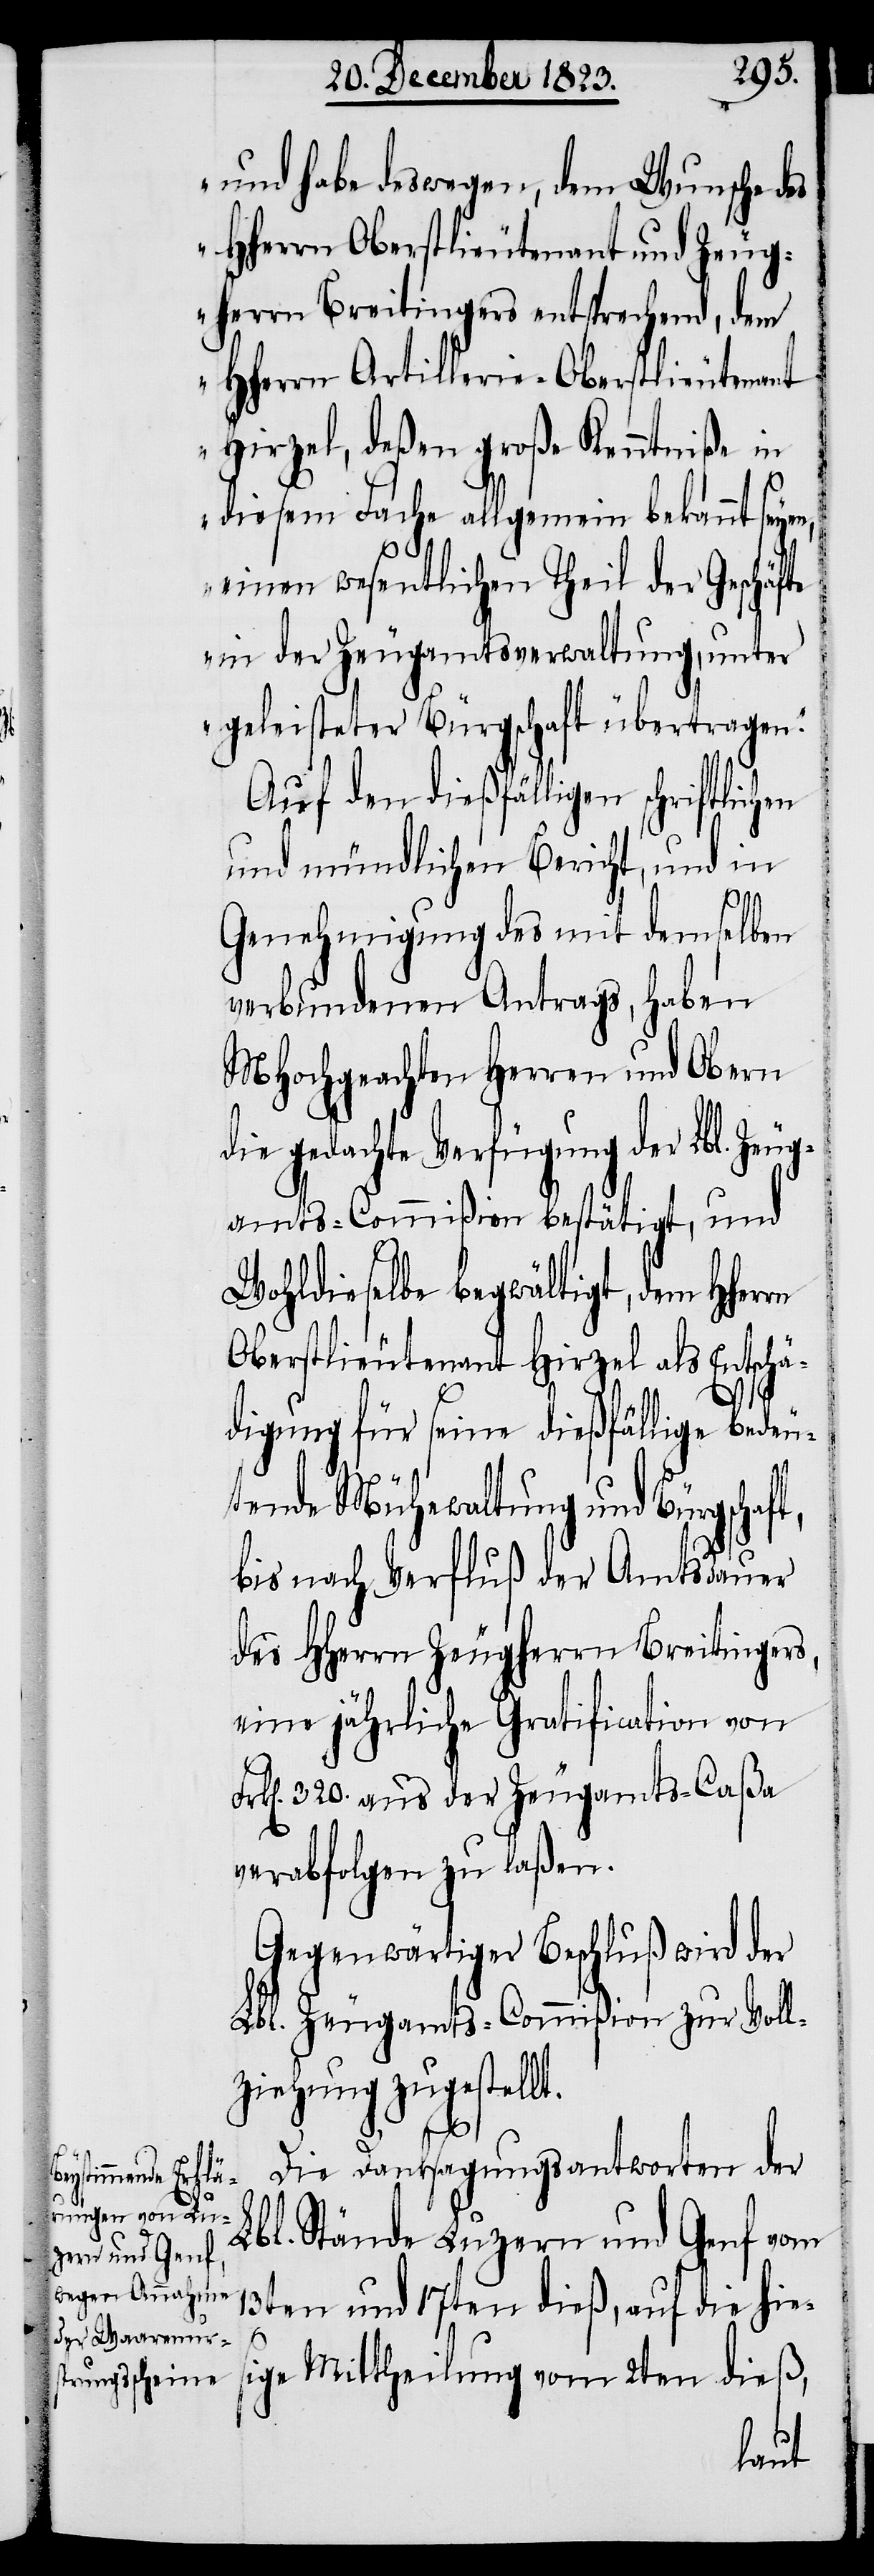
und habe deswegen, dem Wunsche des
Hherrn Oberstlieutenant und Zeug¬
herrn Breitingers entsprechend, dem
Hherrn Artillerie-Oberstlieutenant
Hirzel, deßen große Kenntniße in
diesem Fache allgemein bekannt sey¬
einen wesentlichen Theil der Geschäfte
in der Zeugamtsverwaltung, unter
geleisteter Bürgschaft übertragen.“
Auf den dießfälligen schriftlichen
und mündlichen Bericht, und in
Genehmigung des mit demselben
verbundenen Antrags, haben
MHochgeachten Herren und Obern
die gedachte Verfügung der Lbl. Zeug¬
amts-Commißion bestätigt, und
Wohldieselbe begwältigt, dem Hherrn
Oberstlieutenant Hirzel als Entschä¬
digung für seine dießfällige bedeu¬
tende Mühewaltung und Bürgscha¬
bis nach Verfluß der Amtsdauer
des HHerrn Zeugherrn Breitingers,
eine jährliche Gratification von
k[en]. 320. aus der Zeugamts-Caßa
verabfolgen zu laßen.
Gegenwärtiger Beschluß wird der
Lbl. Zeugamts-Commißion zur Voll¬
ziehung zugestellt.
Fr¬
Die Danksagungsantworten der
Lbl. Stände Luzern und Genf vom
13ten und 17ten dieß, auf die hi¬
esige Mittheilung vom 2ten dieß,
en,